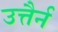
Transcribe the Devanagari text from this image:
उत्तैर्न